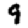
Digit: 9